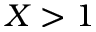
X > 1